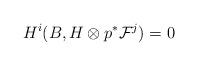
LaTeX: \begin{align*}H^i(B, H\otimes p^*\mathcal F^j)=0\end{align*}